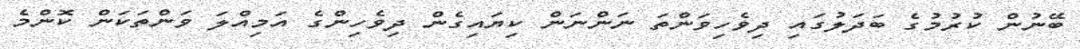
ބޭނުން ކުރުމުގެ ބަދަލުގައި ދިވެހިވަންތަ ނަންނަން ކިޔައިގެން ދިވެހިންގެ އަމިއްލަ ވަންތަކަން ކޮންމެ